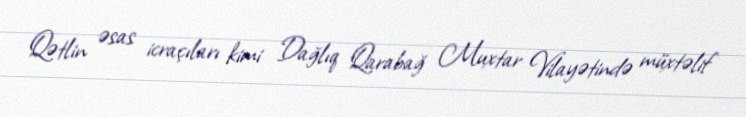
Qətlin əsas icraçıları kimi Dağlıq Qarabağ Muxtar Vilayətində müxtəlif